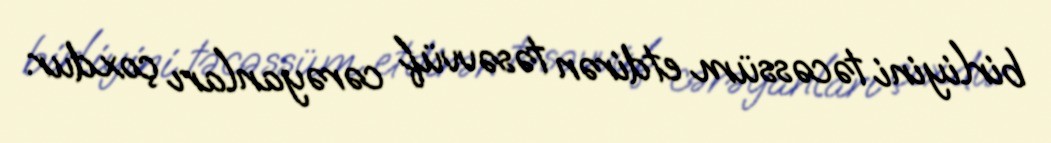
birliyini təcəssüm etdirən təsəvvüf cərəyanları çoxdur.